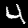
Label: 4